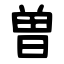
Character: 曽